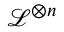
{ \mathcal { L } } ^ { \otimes n }